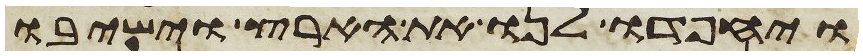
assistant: ויחפדו לנו את הארץ וישיבו